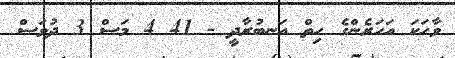
ވާހަކަ އަހަރެންގެ ހިތް އަނބުރާދީ - 41 4 މަސް 3 ދުވަސް